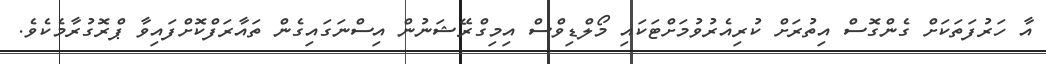
އާ ހަރުފަތަކަށް ގެންގޮސް އިތުރަށް ކުރިއެރުވުމަށްޓަކައި މޯލްޑިވްސް އިމިގްރޭޝަނުން އިސްނަގައިގެން ތައާރަފްކޮށްފައިވާ ޕްރޮގުރާމެކެވެ.